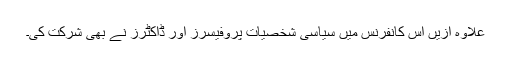
علاوہ ازیں اس کانفرنس میں سیاسی شخصیات پروفیسرز اور ڈاکٹرز نے بھی شرکت کی۔